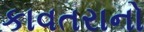
કાવતરાનો